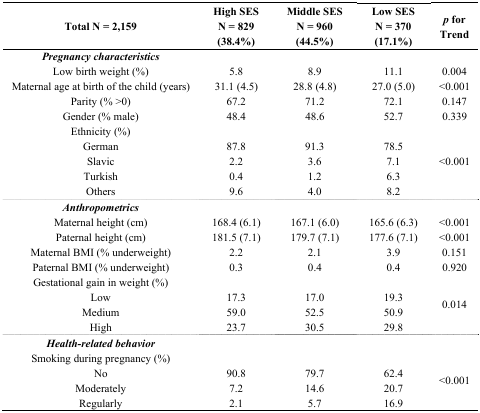
<table><thead><tr><td><b>Total N = 2,159</b></td><td><b>High SESN = 829 (38.4%)</b></td><td><b>Middle SESN = 960 (44.5%)</b></td><td><b>Low SESN = 370 (17.1%)</b></td><td><b><i>p</i> for Trend</b></td></tr></thead><tbody><tr><td><i>Pregnancy characteristics</i></td><td>[EMPTY_CELL]</td><td>[EMPTY_CELL]</td><td>[EMPTY_CELL]</td><td>[EMPTY_CELL]</td></tr><tr><td>Low birth weight (%)</td><td>5.8</td><td>8.9</td><td>11.1</td><td>0.004</td></tr><tr><td>Maternal age at birth of the child (years)</td><td>31.1 (4.5)</td><td>28.8 (4.8)</td><td>27.0 (5.0)</td><td>&lt;0.001</td></tr><tr><td>Parity (% &gt;0)</td><td>67.2</td><td>71.2</td><td>72.1</td><td>0.147</td></tr><tr><td>Gender (% male)</td><td>48.4</td><td>48.6</td><td>52.7</td><td>0.339</td></tr><tr><td>Ethnicity (%)</td><td>[EMPTY_CELL]</td><td>[EMPTY_CELL]</td><td>[EMPTY_CELL]</td><td rowspan="5">&lt;0.001</td></tr><tr><td>German</td><td>87.8</td><td>91.3</td><td>78.5</td></tr><tr><td>Slavic</td><td>2.2</td><td>3.6</td><td>7.1</td></tr><tr><td>Turkish</td><td>0.4</td><td>1.2</td><td>6.3</td></tr><tr><td>Others</td><td>9.6</td><td>4.0</td><td>8.2</td></tr><tr><td><i>Anthropometrics</i></td><td>[EMPTY_CELL]</td><td>[EMPTY_CELL]</td><td>[EMPTY_CELL]</td><td>[EMPTY_CELL]</td></tr><tr><td>Maternal height (cm)</td><td>168.4 (6.1)</td><td>167.1 (6.0)</td><td>165.6 (6.3)</td><td>&lt;0.001</td></tr><tr><td>Paternal height (cm)</td><td>181.5 (7.1)</td><td>179.7 (7.1)</td><td>177.6 (7.1)</td><td>&lt;0.001</td></tr><tr><td>Maternal BMI (% underweight)</td><td>2.2</td><td>2.1</td><td>3.9</td><td>0.151</td></tr><tr><td>Paternal BMI (% underweight)</td><td>0.3</td><td>0.4</td><td>0.4</td><td>0.920</td></tr><tr><td>Gestational gain in weight (%)</td><td>[EMPTY_CELL]</td><td>[EMPTY_CELL]</td><td>[EMPTY_CELL]</td><td rowspan="4">0.014</td></tr><tr><td>Low </td><td>17.3</td><td>17.0</td><td>19.3</td></tr><tr><td>Medium</td><td>59.0</td><td>52.5</td><td>50.9</td></tr><tr><td>High</td><td>23.7</td><td>30.5</td><td>29.8</td></tr><tr><td><i>Health-related behavior</i></td><td>[EMPTY_CELL]</td><td>[EMPTY_CELL]</td><td>[EMPTY_CELL]</td><td>[EMPTY_CELL]</td></tr><tr><td>Smoking during pregnancy (%)</td><td>[EMPTY_CELL]</td><td>[EMPTY_CELL]</td><td>[EMPTY_CELL]</td><td rowspan="4">&lt;0.001</td></tr><tr><td>No</td><td>90.8</td><td>79.7</td><td>62.4</td></tr><tr><td>Moderately</td><td>7.2</td><td>14.6</td><td>20.7</td></tr><tr><td>Regularly</td><td>2.1</td><td>5.7</td><td>16.9</td></tr></tbody></table>